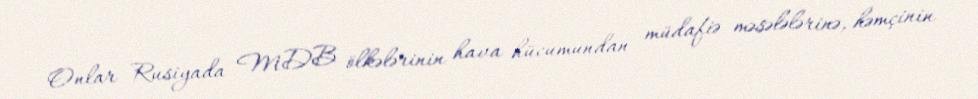
Onlar Rusiyada MDB ölkələrinin hava hücumundan müdafiə məsələlərinə, həmçinin